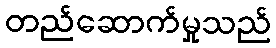
တည်ဆောက်မှုသည်